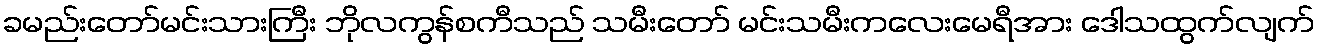
ခမည်းတော်မင်းသားကြီး ဘိုလကွန်စကီသည် သမီးတော် မင်းသမီးကလေးမေရီအား ဒေါသထွက်လျက်